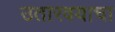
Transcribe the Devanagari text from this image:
उतारवयाचा